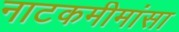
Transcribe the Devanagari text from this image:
नाटकमीमांसा